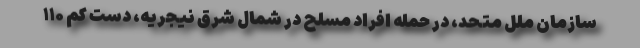
سازمان ملل متحد، در حمله افراد مسلح در شمال شرق نیجریه، دست کم ۱۱۰